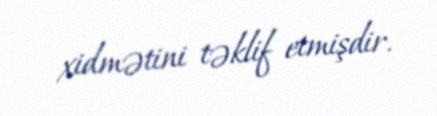
xidmətini təklif etmişdir.